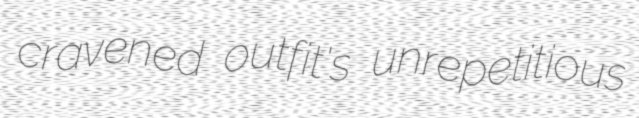
cravened outfit's unrepetitious